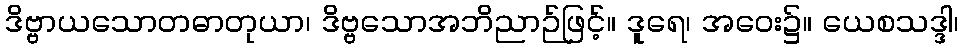
ဒိဗ္ဗာယသောတဓာတုယာ၊ ဒိဗ္ဗသောအဘိညာဉ်ဖြင့်။ ဒူရေ၊ အဝေး၌။ ယေစသဒ္ဒါ၊